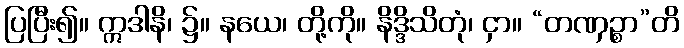
ပြပြီး၍။ ဣဒါနိ၊ ၌။ နယေ၊ တို့ကို။ နိဒ္ဒိသိတုံ၊ ငှာ။ “တဏှဉ္စာ”တိ